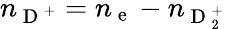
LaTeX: n_{\mathrm{~D~}^{+}}=n_{\mathrm{~e~}}-n_{\mathrm{~D~}_{2}^{+}}